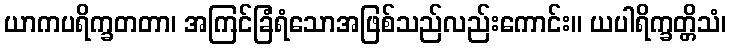
ယာကပရိက္ခတတာ၊ အကြင်ခြံရံသောအဖြစ်သည်လည်းကောင်း။ ယပါရိက္ခတ္တိသံ၊